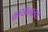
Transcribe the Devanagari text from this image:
क्रायोलाइड